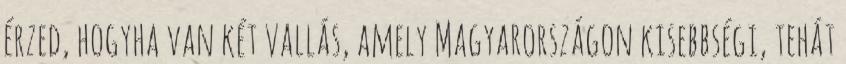
érzed, hogyha van két vallás, amely Magyarországon kisebbségi, tehát